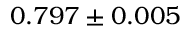
0 . 7 9 7 \pm 0 . 0 0 5